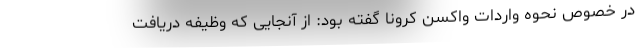
در خصوص نحوه واردات واکسن کرونا گفته بود: از آنجایی که وظیفه دریافت